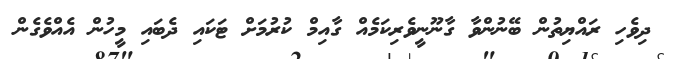
ދިވެހި ރައްޔިތުން ބޭނުންވާ ގާނޫނީވެރިކަމެއް ގާއިމް ކުރުމަށް ޓަކައި ދެބައި މީހުން އެއްވެގެން